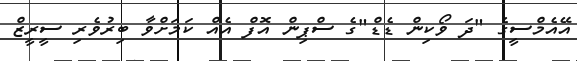
އޭއެމްސީގެ "ދަ ވޯކިން ޑެޑް"ގެ ސްޕިން އޮފް އެއް ކަމަށްވާ ބިރުވެރި ސީރީޒް